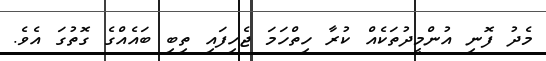
މެދު ފޮނި އުންމީދުތަކެއް ކުރާ ހިތްހަމަ ޖެހިފައި ތިބި ބައެއްގެ ގޮތުގަ އެވެ.